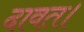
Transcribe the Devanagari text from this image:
दावत।